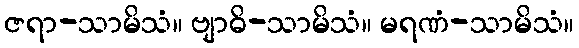
ဇရာ-သာမိသံ။ ဗျာဓိ-သာမိသံ။ မရဏံ-သာမိသံ။